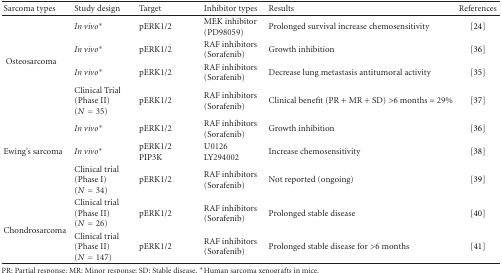
<table><thead><tr><td><b>Sarcoma types</b></td><td><b>Study design</b></td><td><b>Target</b></td><td><b>Inhibitor types</b></td><td><b>Results</b></td><td><b>References</b></td></tr></thead><tbody><tr><td></td><td><i>In vivo*</i></td><td>pERK1/2</td><td>MEK inhibitor (PD98059)</td><td>Prolonged survival increase chemosensitivity</td><td> [24]</td></tr><tr><td rowspan="2"> Osteosarcoma</td><td><i>In vivo*</i></td><td>pERK1/2</td><td>RAF inhibitors (Sorafenib)</td><td>Growth inhibition</td><td> [36]</td></tr><tr><td><i>In vivo*</i></td><td>pERK1/2</td><td>RAF inhibitors (Sorafenib)</td><td>Decrease lung metastasis antitumoral activity</td><td> [35]</td></tr><tr><td></td><td>Clinical Trial (Phase II) (<i>N</i> = 35)</td><td>pERK1/2</td><td>RAF inhibitors (Sorafenib)</td><td>Clinical benefit (PR + MR + SD) &gt;6 months = 29%</td><td> [37]</td></tr><tr><td></td><td><i>In vivo*</i></td><td>pERK1/2</td><td>RAF inhibitors (Sorafenib)</td><td>Growth inhibition</td><td> [36]</td></tr><tr><td>Ewing&#x27;s sarcoma</td><td><i>In vivo*</i></td><td>pERK1/2 PIP3K</td><td>U0126 LY294002</td><td>Increase chemosensitivity</td><td> [38]</td></tr><tr><td></td><td>Clinical trial (Phase I) (<i>N</i> = 34)</td><td>pERK1/2</td><td>RAF inhibitors (Sorafenib)</td><td>Not reported (ongoing)</td><td> [39]</td></tr><tr><td rowspan="2">Chondrosarcoma</td><td>Clinical trial (Phase II) (<i>N</i> = 26)</td><td>pERK1/2</td><td>RAF inhibitors (Sorafenib)</td><td>Prolonged stable disease</td><td> [40]</td></tr><tr><td>Clinical trial (Phase II) (<i>N</i> = 147)</td><td>pERK1/2</td><td>RAF inhibitors (Sorafenib)</td><td>Prolonged stable disease for &gt;6 months</td><td> [41]</td></tr></tbody></table>